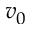
v _ { 0 }